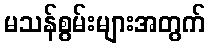
မသန်စွမ်းများအတွက်